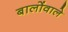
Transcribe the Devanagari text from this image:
बालोंवाले